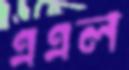
এএল